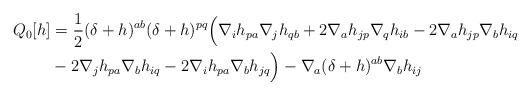
LaTeX: \begin{align*}Q_0[h] &= \frac{1}{2}(\delta + h)^{ab}(\delta + h)^{pq}\Big(\nabla_i h_{pa} \nabla_j h_{qb} + 2 \nabla_a h_{jp} \nabla_q h_{ib} - 2\nabla_a h_{jp} \nabla_b h_{iq} \\ &- 2\nabla_j h_{pa} \nabla_b h_{iq} - 2\nabla_i h_{pa} \nabla_b h_{jq}\Big) - \nabla_a(\delta +h)^{ab} \nabla_b h_{ij} \end{align*}